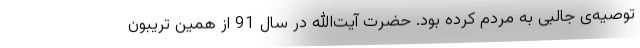
توصیه‌ی جالبی به مردم کرده بود. حضرت آیت‌الله در سال 91 از همین تریبون